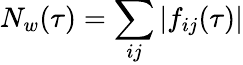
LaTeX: N_{w}(\tau)=\sum_{ij}|f_{ij}(\tau)|